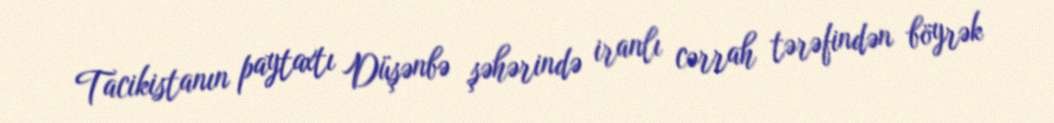
Tacikistanın paytaxtı Düşənbə şəhərində iranlı cərrah tərəfindən böyrək